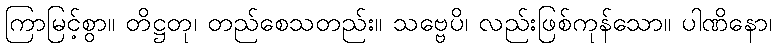
ကြာမြင့်စွာ။ တိဋ္ဌတု၊ တည်စေသတည်း။ သဗ္ဗေပိ၊ လည်းဖြစ်ကုန်သော။ ပါဏိနော၊